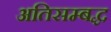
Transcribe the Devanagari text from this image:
अतिसम्बद्ध